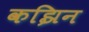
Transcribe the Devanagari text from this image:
कझिन